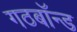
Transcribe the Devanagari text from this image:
गठबॉन्ड